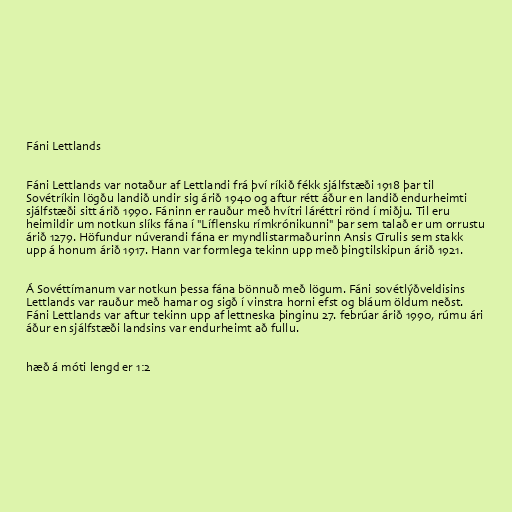
Fáni Lettlands

Fáni Lettlands var notaður af Lettlandi frá því ríkið fékk sjálfstæði 1918 þar til
Sovétríkin lögðu landið undir sig árið 1940 og aftur rétt áður en landið endurheimti
sjálfstæði sitt árið 1990. Fáninn er rauður með hvítri láréttri rönd í miðju. Til eru
heimildir um notkun slíks fána í "Líflensku rímkrónikunni" þar sem talað er um orrustu
árið 1279. Höfundur núverandi fána er myndlistarmaðurinn Ansis Cīrulis sem stakk
upp á honum árið 1917. Hann var formlega tekinn upp með þingtilskipun árið 1921.

Á Sovéttímanum var notkun þessa fána bönnuð með lögum. Fáni sovétlýðveldisins
Lettlands var rauður með hamar og sigð í vinstra horni efst og bláum öldum neðst.
Fáni Lettlands var aftur tekinn upp af lettneska þinginu 27. febrúar árið 1990, rúmu ári
áður en sjálfstæði landsins var endurheimt að fullu.

hæð á móti lengd er 1:2